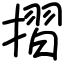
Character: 摺